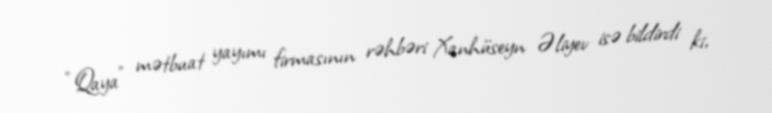
“Qaya” mətbuat yayımı firmasının rəhbəri Xanhüseyn Əliyev isə bildirdi ki,